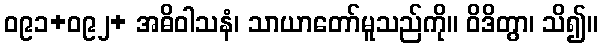
ဝ၉၁+ဝ၉၂+ အဓိဝါသနံ၊ သာယာတော်မူသည်ကို။ ဝိဒိတွာ၊ သိ၍။